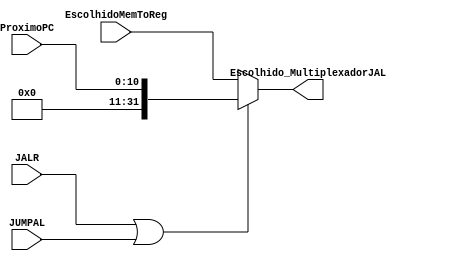
module MultiplexadorJAL (
	input [10:0] ProximoPC, 
	input [31:0] EscolhidoMemToReg,
	input JALR, JUMPAL,
	output [31:0] Escolhido_MultiplexadorJAL
);
	
	reg [31:0] escolhido;
	
	always @ (*) begin
		
		
		if(JALR == 1 || JUMPAL == 1) begin
			escolhido = {21'd0, ProximoPC};
		end
		
		else begin
			escolhido = EscolhidoMemToReg;
		end
		
	end
	
	assign Escolhido_MultiplexadorJAL = escolhido;
	
endmodule